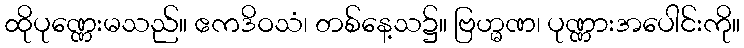
ထိုပုဏ္ဏေးမသည်။ ဧကဒိဝသံ၊ တစ်နေ့သ၌။ ဗြဟ္မဏ၊ ပုဏ္ဏားအပေါင်းကို။